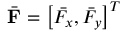
\bar { \mathbf { F } } = \left[ \bar { F _ { x } } , \bar { F _ { y } } \right] ^ { T }